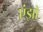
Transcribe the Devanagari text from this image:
एंझो